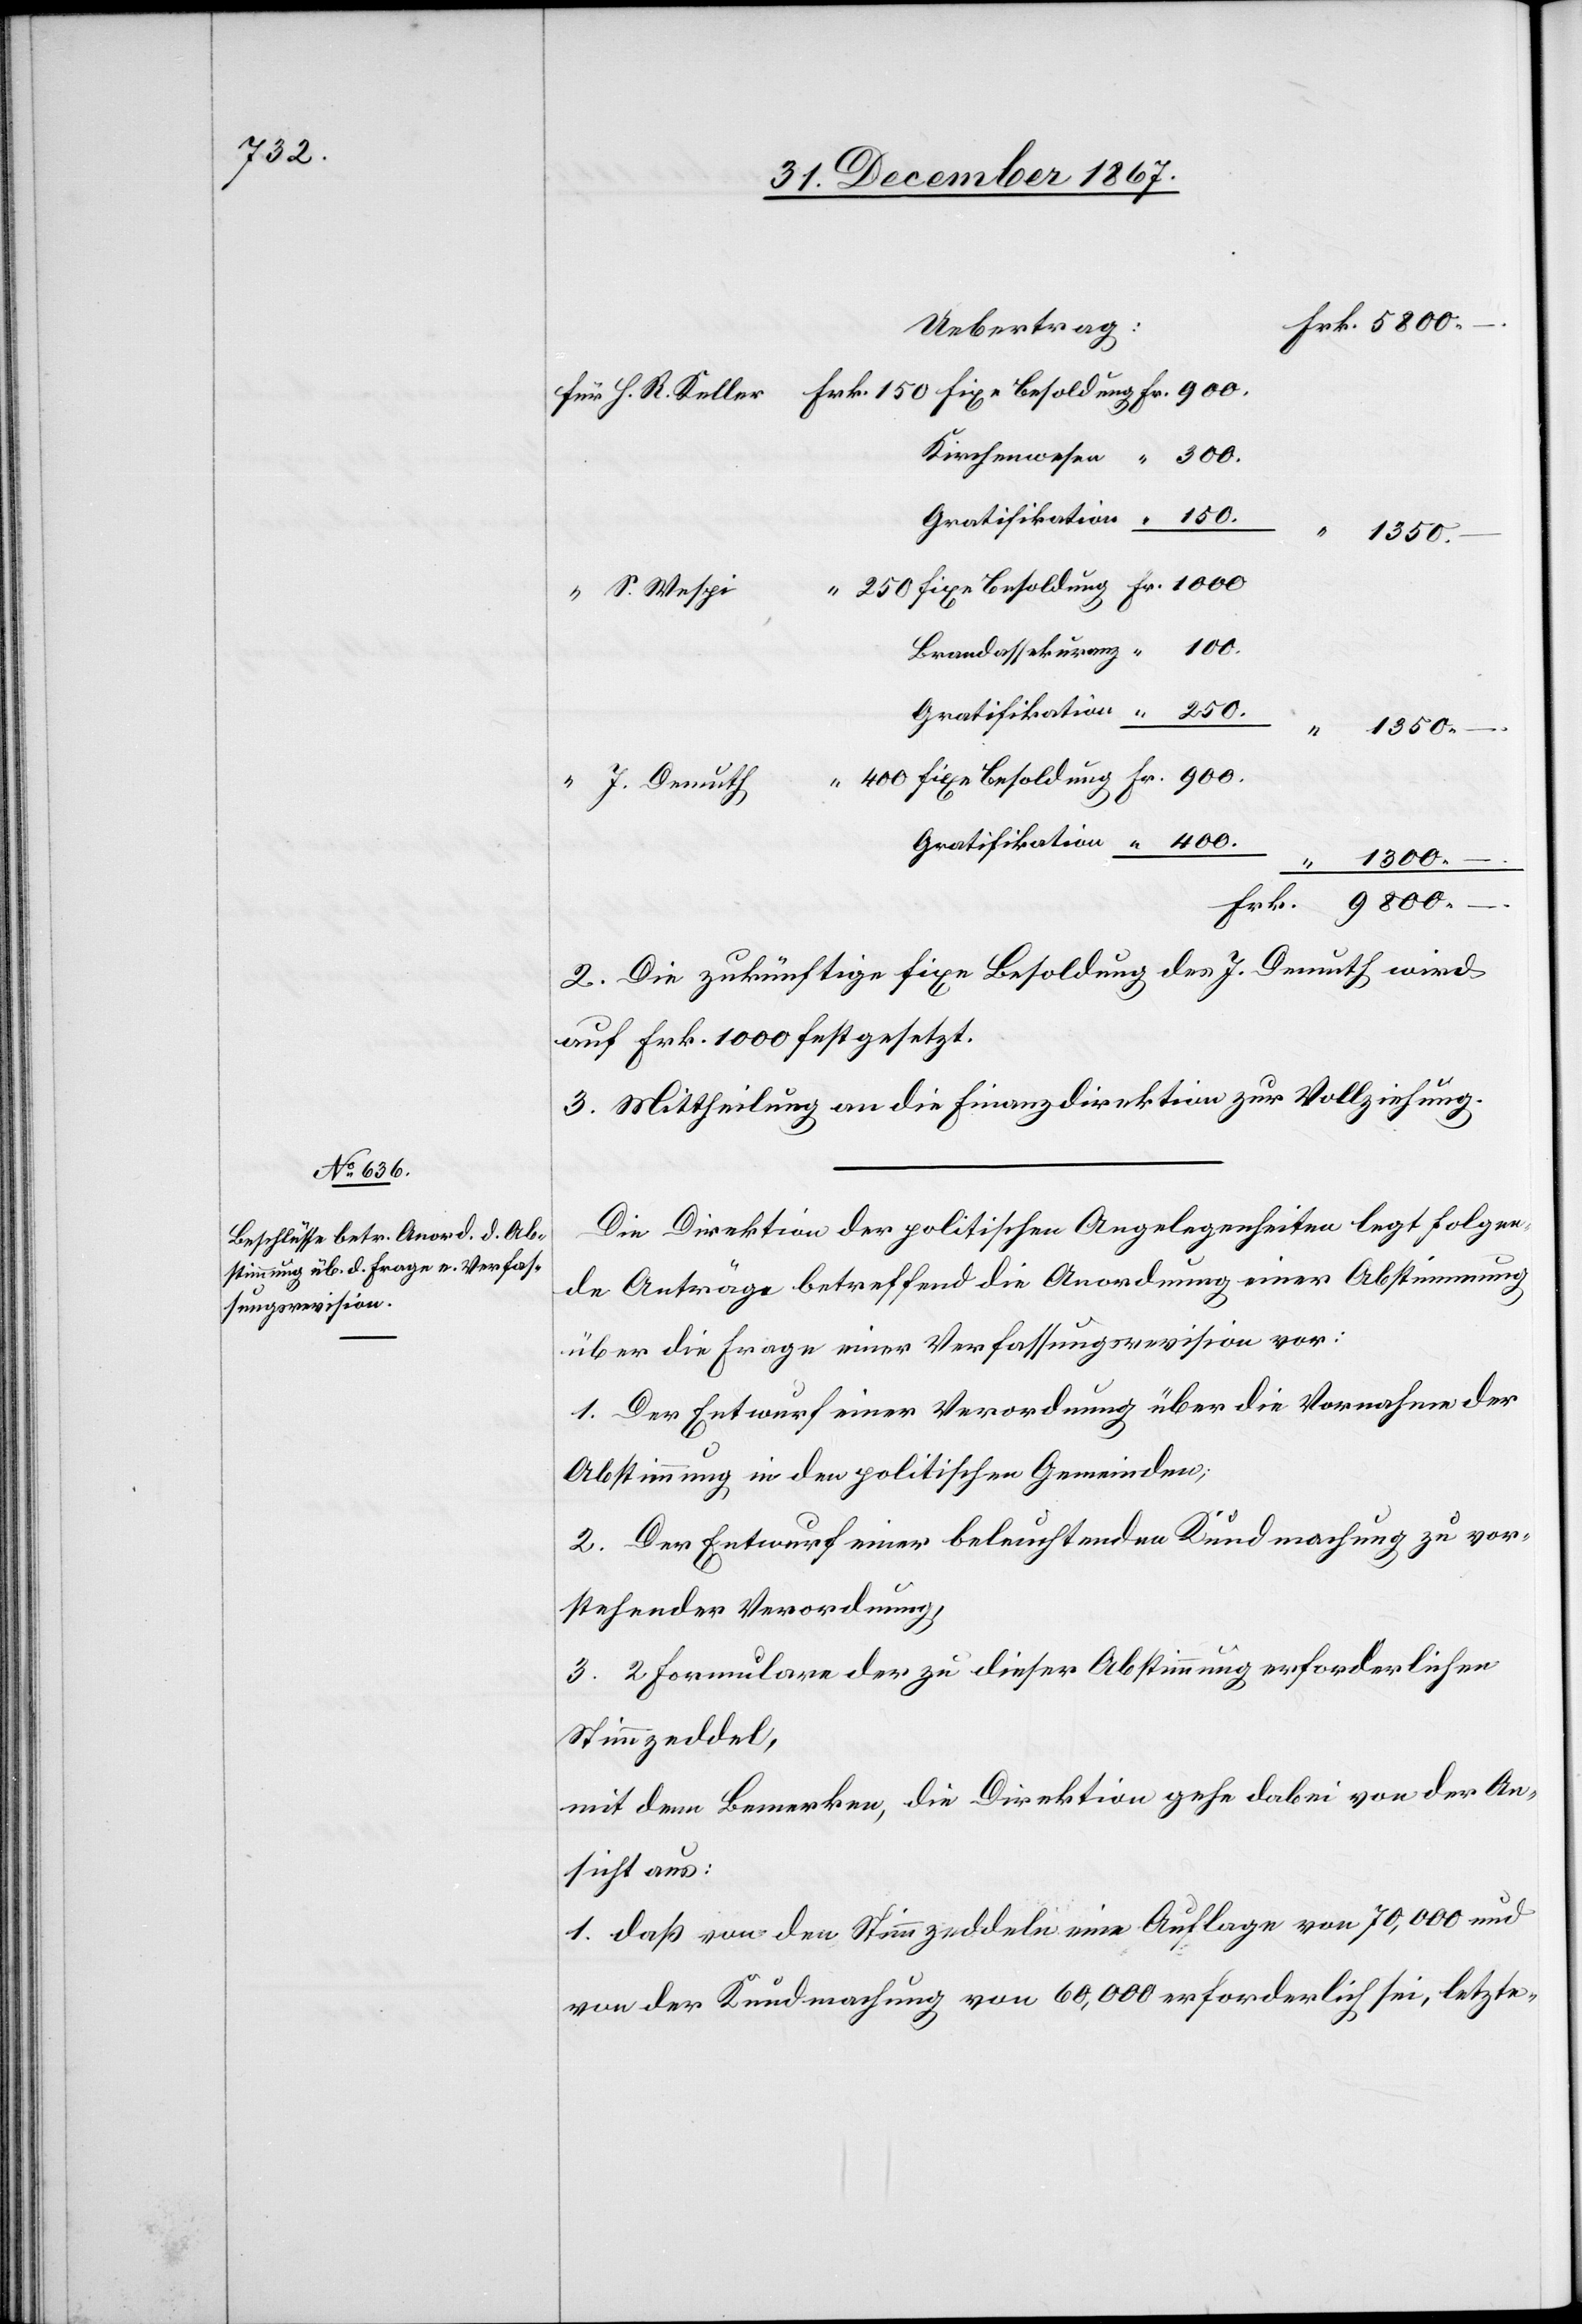
J. R.

S. Wespi
Brandassekuranz
J. Demuth
Gratifikation
9800.–
2. Die zukünftige fixe Besoldung des J. Demuth wird
auf Frk. 1000 festgesetzt.
3. Mittheilung an die Finanzdirektion zur Vollziehung.
Die Direktion der politischen Angelegenheiten legt folgen¬
de Anträge betreffend die Anordnung einer Abstimmung
über die Frage einer Verfassungsrevision vor:
1. Der Entwurf einer Verordnung über die Vornahme der
Abstimmung in den politischen Gemeinden;
2. Der Entwurf einer beleuchtenden Kundmachung zu vor¬
stehender Verordnung;
3. 2 Formulare der zu dieser Abstimmung erforderlichen
Stimmzeddel,
mit dem Bemerken, die Direktion gehe dabei von der An¬
sicht aus:
1. daß von den Stimmzeddeln eine Auflage von 70 000 und
von der Kundmachung von 60 000 erforderlich sei, letzte-